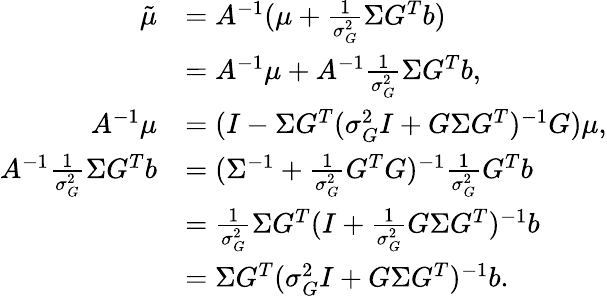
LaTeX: \begin{array}{rl}{\tilde{\mu}}&{=A^{-1}(\mu+\frac{1}{\sigma_{G}^{2}}\Sigma G^{T}b)}\\ &{=A^{-1}\mu+A^{-1}\frac{1}{\sigma_{G}^{2}}\Sigma G^{T}b,}\\ {A^{-1}\mu}&{=(I-\Sigma G^{T}(\sigma_{G}^{2}I+G\Sigma G^{T})^{-1}G)\mu,}\\ {A^{-1}\frac 1{\sigma_{G}^{2}}\Sigma G^{T}b}&{=(\Sigma^{-1}+\frac 1{\sigma_{G}^{2}}G^{T}G)^{-1}\frac{1}{\sigma_{G}^{2}}G^{T}b}\\ &{=\frac{1}{\sigma_{G}^{2}}\Sigma G^{T}(I+\frac{1}{\sigma_{G}^{2}}G\Sigma G^{T})^{-1}b}\\ &{=\Sigma G^{T}(\sigma_{G}^{2}I+G\Sigma G^{T})^{-1}b.}\end{array}